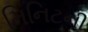
મિનિટની